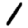
Digit: 1